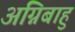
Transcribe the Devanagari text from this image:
अग्निबाहु